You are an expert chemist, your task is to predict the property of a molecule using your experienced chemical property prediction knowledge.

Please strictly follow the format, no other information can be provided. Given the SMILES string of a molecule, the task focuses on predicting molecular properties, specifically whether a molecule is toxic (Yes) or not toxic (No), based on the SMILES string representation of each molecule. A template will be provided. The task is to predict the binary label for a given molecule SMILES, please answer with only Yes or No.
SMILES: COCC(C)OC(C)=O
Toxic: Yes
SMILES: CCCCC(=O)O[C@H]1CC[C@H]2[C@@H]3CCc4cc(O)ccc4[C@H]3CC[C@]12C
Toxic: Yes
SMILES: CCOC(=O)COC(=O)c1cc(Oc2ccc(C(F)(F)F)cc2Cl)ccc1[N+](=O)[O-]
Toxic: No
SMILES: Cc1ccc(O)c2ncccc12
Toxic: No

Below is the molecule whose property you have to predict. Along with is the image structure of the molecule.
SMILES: CC1(C)OC(=O)NC1=O
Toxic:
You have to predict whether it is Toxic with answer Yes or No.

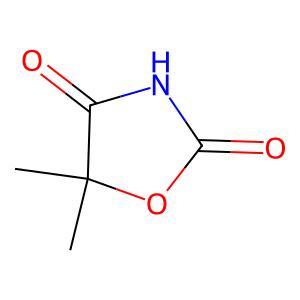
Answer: No